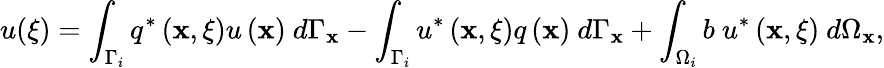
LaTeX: u({\mathbf\xi})=\int_{\Gamma_{i}}q^{*}\left(\mathbf{x},{\mathbf\xi}\right)u\left(\mathbf{x}\right)\ d\Gamma_{\mathbf{x}}-\int_{\Gamma_{i}}u^{*}\left(\mathbf{x},{\mathbf\xi}\right)q\left(\mathbf{x}\right)\ d\Gamma_{\mathbf{x}}+\int_{\Omega_{i}}b\ u^{*}\left(\mathbf{x},{\mathbf\xi}\right)\ d\Omega_{\mathbf{x}},